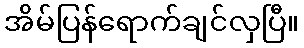
အိမ်ပြန်ရောက်ချင်လှပြီ။